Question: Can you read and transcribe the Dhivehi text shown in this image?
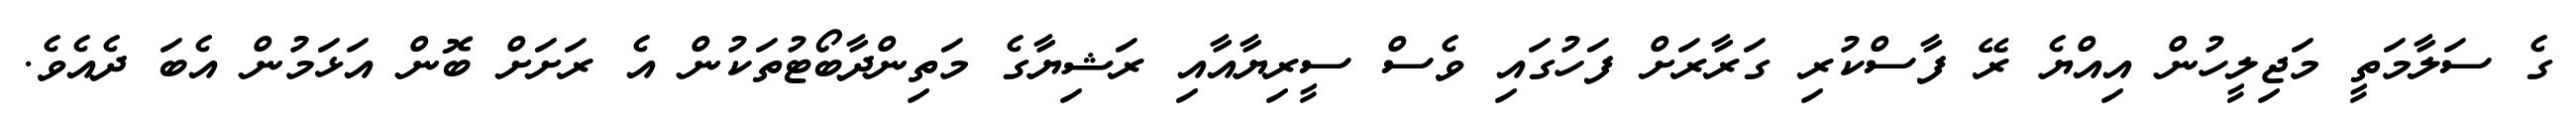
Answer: ގެ ސަލާމަތީ މަޖިލީހުން އިއްޔެ ރޭ ފާސްކުރި ގަރާރަށް ފަހުގައި ވެސް ސީރިޔާއާއި ރަޝިޔާގެ މަތިންދާބޯޓުތަކުން އެ ރަށަށް ބޮން އަޅަމުން އެބަ ދެއެވެ.